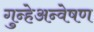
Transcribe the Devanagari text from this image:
गुन्हेअन्वेषण